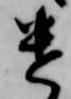
遣